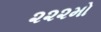
૨૨૨મો